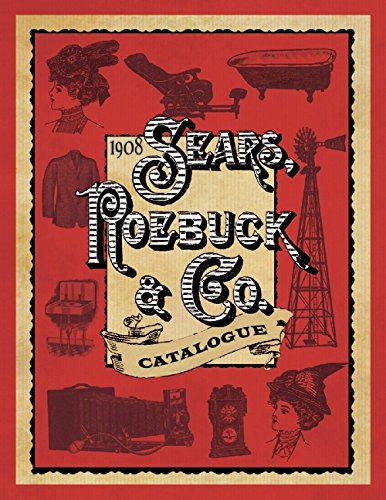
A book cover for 1908 Sears, Roebuck & Co. Catalogue; Roebuck & Co. Sears; Humor & Entertainment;